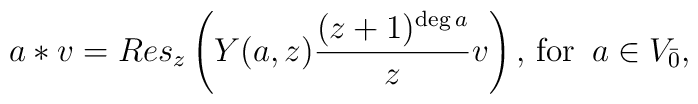
a*v = Res_z \left(Y(a,z)\frac{(z+1)^{\deg a}}{z} v\right),\,\mbox{for}\,\,\, a\in V_{\bar{0}},